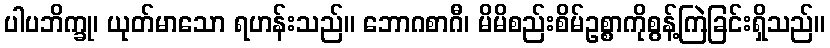
ပါပဘိက္ခု၊ ယုတ်မာသော ရဟန်းသည်။ ဘောဂစာဂီ၊ မိမိစည်းစိမ်ဥစ္စာကိုစွန့်ကြဲခြင်းရှိသည်။